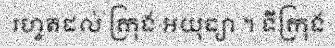
រហូតដល់ ក្រុង អយុធ្យា ។ ទីក្រុង